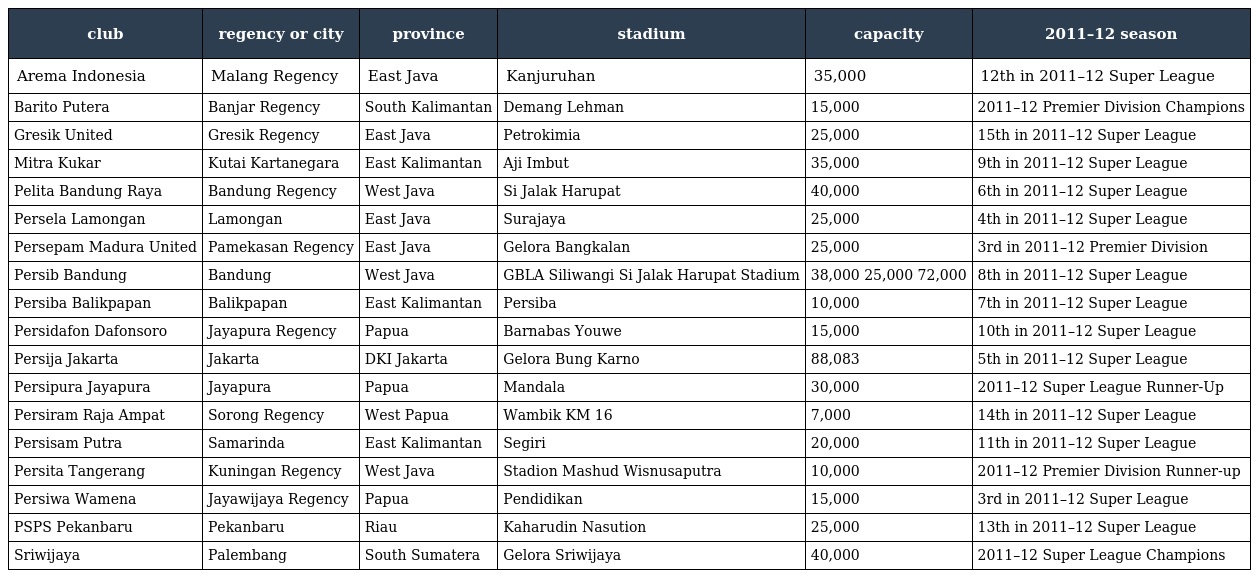
| club | regency or city | province | stadium | capacity | 2011–12 season |
 | --- | --- | --- | --- | --- | --- |
 | Arema Indonesia | Malang Regency | East Java | Kanjuruhan | 35,000 | 12th in 2011–12 Super League |
 | Barito Putera | Banjar Regency | South Kalimantan | Demang Lehman | 15,000 | 2011–12 Premier Division Champions |
 | Gresik United | Gresik Regency | East Java | Petrokimia | 25,000 | 15th in 2011–12 Super League |
 | Mitra Kukar | Kutai Kartanegara | East Kalimantan | Aji Imbut | 35,000 | 9th in 2011–12 Super League |
 | Pelita Bandung Raya | Bandung Regency | West Java | Si Jalak Harupat | 40,000 | 6th in 2011–12 Super League |
 | Persela Lamongan | Lamongan | East Java | Surajaya | 25,000 | 4th in 2011–12 Super League |
 | Persepam Madura United | Pamekasan Regency | East Java | Gelora Bangkalan | 25,000 | 3rd in 2011–12 Premier Division |
 | Persib Bandung | Bandung | West Java | GBLA Siliwangi Si Jalak Harupat Stadium | 38,000 25,000 72,000 | 8th in 2011–12 Super League |
 | Persiba Balikpapan | Balikpapan | East Kalimantan | Persiba | 10,000 | 7th in 2011–12 Super League |
 | Persidafon Dafonsoro | Jayapura Regency | Papua | Barnabas Youwe | 15,000 | 10th in 2011–12 Super League |
 | Persija Jakarta | Jakarta | DKI Jakarta | Gelora Bung Karno | 88,083 | 5th in 2011–12 Super League |
 | Persipura Jayapura | Jayapura | Papua | Mandala | 30,000 | 2011–12 Super League Runner-Up |
 | Persiram Raja Ampat | Sorong Regency | West Papua | Wambik KM 16 | 7,000 | 14th in 2011–12 Super League |
 | Persisam Putra | Samarinda | East Kalimantan | Segiri | 20,000 | 11th in 2011–12 Super League |
 | Persita Tangerang | Kuningan Regency | West Java | Stadion Mashud Wisnusaputra | 10,000 | 2011–12 Premier Division Runner-up |
 | Persiwa Wamena | Jayawijaya Regency | Papua | Pendidikan | 15,000 | 3rd in 2011–12 Super League |
 | PSPS Pekanbaru | Pekanbaru | Riau | Kaharudin Nasution | 25,000 | 13th in 2011–12 Super League |
 | Sriwijaya | Palembang | South Sumatera | Gelora Sriwijaya | 40,000 | 2011–12 Super League Champions |